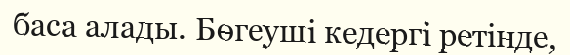
баса алады. Бөгеуші кедергі ретінде,